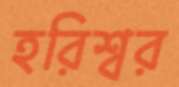
হরিশ্বর